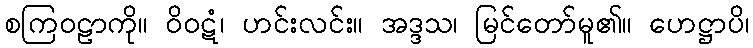
စကြဝဠာကို။ ဝိဝဋံ၊ ဟင်းလင်း။ အဒ္ဒသ၊ မြင်တော်မူ၏။ ဟေဋ္ဌာပိ၊